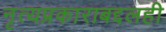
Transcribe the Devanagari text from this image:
नृत्यप्रकाराबद्दलही